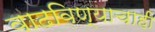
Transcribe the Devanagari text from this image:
वाढविण्याचाही